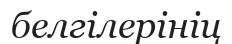
белгілерініц